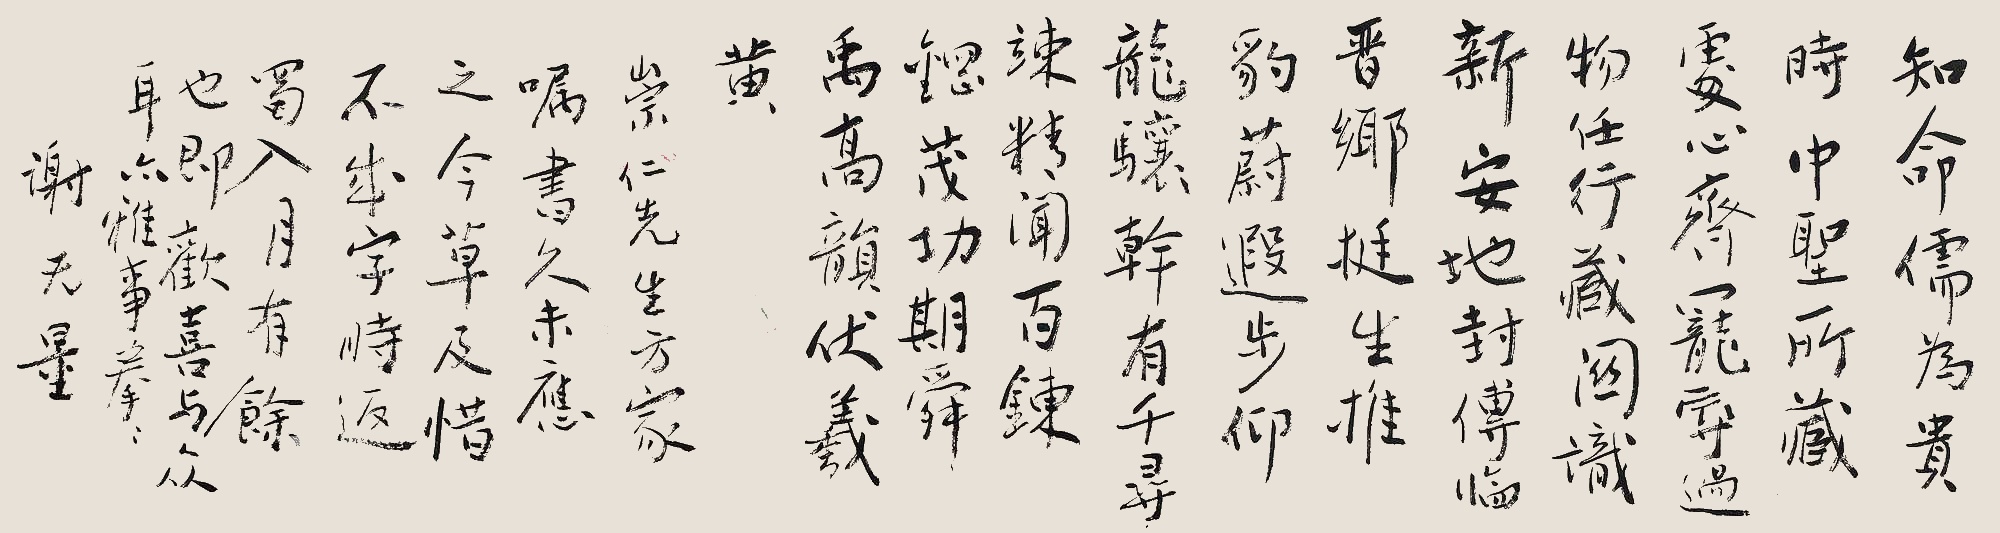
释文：知命儒为贵，时中圣所臧。处心齐宠辱，遇物任行藏。关识新安地，封传临晋乡。挺生推豹蔚，遐步仰龙骧。干有千寻竦，精闻百炼钢。茂功期舜禹，高韵状羲黄。崇仁先生方家嘱书，久未应之，今草及，惜不成字，时返蜀入月有余也，即欢喜与众耳，亦雅事拳拳。谢无量。